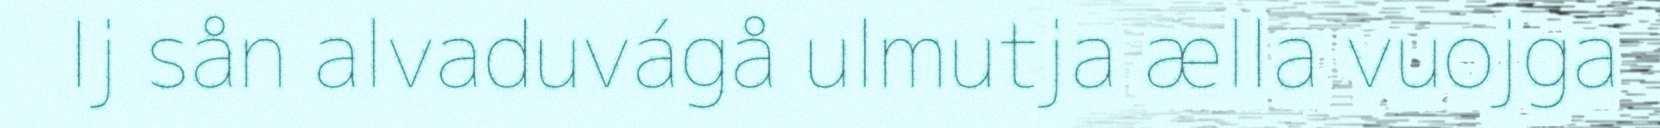
Ij sån alvaduvágå ulmutja ælla vuojga